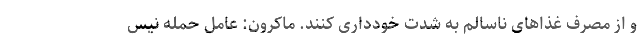
و از مصرف غذاهای ناسالم به شدت خودداری کنند. ماکرون: عامل حمله نیس